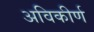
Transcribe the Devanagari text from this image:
अविकीर्ण